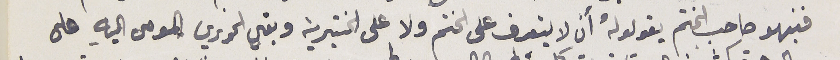
فنبهوا صاحب الختم يقولولهُ أن لا يتعرف على الختم ولا على الختيرية وبقي الخوري المومى اليه على